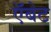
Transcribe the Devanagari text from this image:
ऍबेट